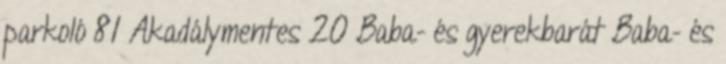
parkoló 81 Akadálymentes 20 Baba- és gyerekbarát Baba- és